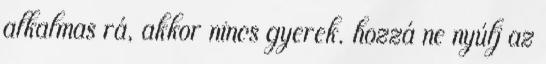
alkalmas rá, akkor nincs gyerek. hozzá ne nyúlj az